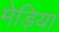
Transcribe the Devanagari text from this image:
मेड़िया